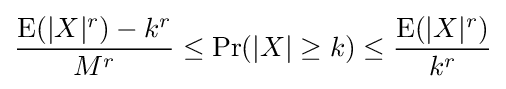
{\frac {\operatorname {E} (|X|^{r})-k^{r}}{M^{r}}}\leq \Pr(|X|\geq k)\leq {\frac {\operatorname {E} (|X|^{r})}{k^{r}}}